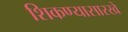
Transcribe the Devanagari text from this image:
शिकण्यासारखे